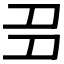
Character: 𡖈